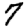
Digit: 7